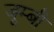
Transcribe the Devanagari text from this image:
जूम्बी